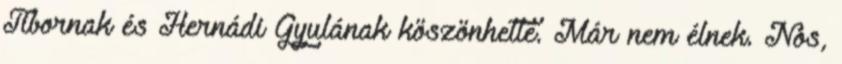
Tibornak és Hernádi Gyulának köszönhette. Már nem élnek. Nos,